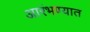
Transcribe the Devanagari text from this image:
आरंभण्यात